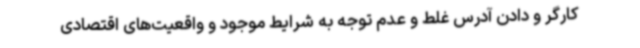
کارگر و دادن آدرس غلط و عدم توجه به شرایط موجود و واقعیت‌های اقتصادی